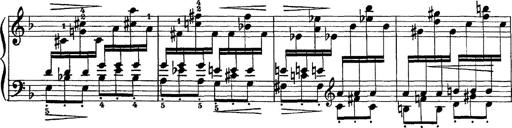
Title: Scherzo und Marsch
Composer: Franz Liszt